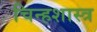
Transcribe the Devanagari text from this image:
चिन्हशास्त्र